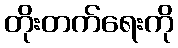
တိုးတက်ရေးကို